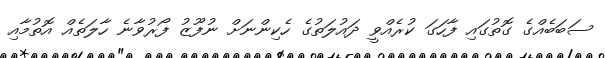
ސަބަބެއްގެ ގޮތުގައި ފާހަގަ ކުރެއްވީ ދައުލަތުގެ ހެކިންނަށް ނުފޫޒު ފޯރުވާނެ ހާލަތެއް އޮތުމާއި